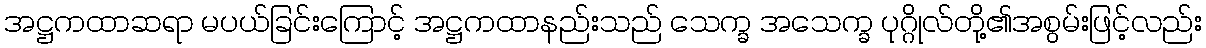
အဋ္ဌကထာဆရာ မပယ်ခြင်းကြောင့် အဋ္ဌကထာနည်းသည် သေက္ခ အသေက္ခ ပုဂ္ဂိုလ်တို့၏အစွမ်းဖြင့်လည်း